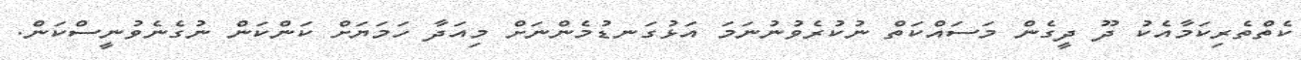
ކެތްތެރިކަމާއެކު ދޫ ދީގެން މަސައްކަތް ނުކުރެވުނުނަމަ އަޅުގަނޑުމެންނަށް މިއަދާ ހަމަޔަށް ކަންކަން ނުގެނެވުނީސްކަން.